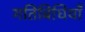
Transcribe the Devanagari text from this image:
गतिबिधियाँ